Indian journal of veterinary science and animal husbandry - Volumes 28-29, 1958-1959
Year: 1958
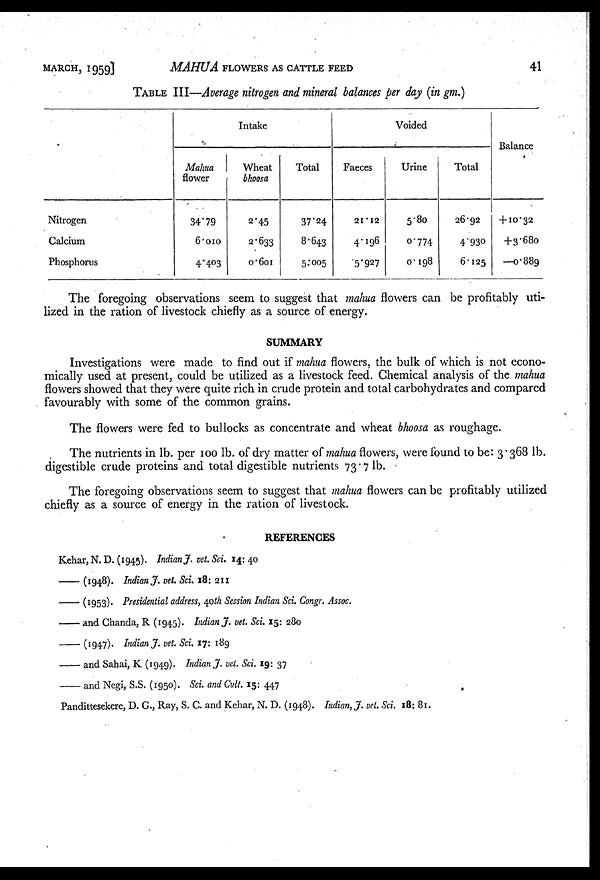
MARCH, 1959]
MAHUA FLOWERS AS CATTLE FEED
41
TABLE III—Average nitrogen and mineral balances per day (in gm.)
Nitrogen
Calcium
Phosphorus
Intake
Mahua
flower
34.79
6.010
4.403
Wheat
bhoosa
2.45
2.633
0.601
Total
37.24
8.643
5.005
Voided
Faeces
21.12
4.196
5.927
Urine
5.80
0.774
0.198
Total
26.92
4.930
6.125
Balance
+10.32
+3.680
—0.889
The foregoing observations seem to suggest that mahua flowers can be profitably uti-
lized in the ration of livestock chiefly as a source of energy.
SUMMARY
Investigations were made to find out if mahua flowers, the bulk of which is not econo-
mically used at present, could be utilized as a livestock feed. Chemical analysis of the mahua
flowers showed that they were quite rich in crude protein and total carbohydrates and compared
favourably with some of the common grains.
The flowers were fed to bullocks as concentrate and wheat bhoosa as roughage.
The nutrients in lb. per 100 lb. of dry matter of mahua flowers, were found to be: 3.368 lb.
digestible crude proteins and total digestible nutrients 73.7 lb.
The foregoing observations seem to suggest that mahua flowers can be profitably utilized
chiefly as a source of energy in the ration of livestock.
REFERENCES
Kehar, N. D. (1945). Indian J. vet. Sci. 14: 40
—— (1948). Indian J. vet. Sci. 18: 211
—— (1953). Presidential address, 40th Session Indian Sci. Congr. Assoc.
—— and Chanda, R (1945). Indian J. vet. Sci. 15: 280
—— (1947). Indian J. vet. Sci. 17: 189
—— and Sahai, K (1949). Indian J. vet. Sci. 19: 37
—— and Negi, S.S. (1950). Sci. and Cult. 15: 447
Pandittesekere, D. G., Ray, S. C. and Kehar, N. D. (1948). Indian, J. vet. Sci. 18: 81.